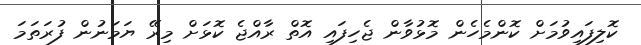
ކޮލިފައިވުމަށް ކޮންމެހެން މޮޅުވާން ޖެހިފައި އޮތް ރާއްޖެ ކޮޅަށް މިރޭ ޔަމަނުން ފުރަތަމަ